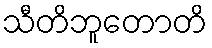
သီတိဘူတောတိ